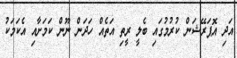
އަދި އޮޕަރޭޝަން ކުރުމުގައި ބެލީ ރީތި އަތެއް ހަދަން ނޫން ކަމަށާއި އެކަމަކު